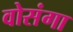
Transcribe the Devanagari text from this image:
वोसंगा